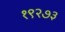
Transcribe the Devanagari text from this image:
१९२७३